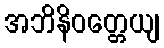
အဘိနိဝတ္တေယျ